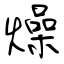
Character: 燥